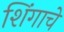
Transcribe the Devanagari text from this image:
शिंगाचे